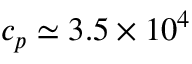
c _ { p } \simeq 3 . 5 \times 1 0 ^ { 4 }